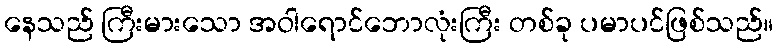
နေသည် ကြီးမားသော အဝါရောင်ဘောလုံးကြီး တစ်ခု ပမာပင်ဖြစ်သည်။